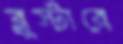
ব্লুস্টারে